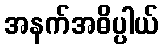
အနက်အဓိပ္ပါယ်